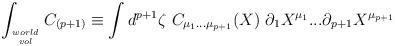
LaTeX: \begin{align*}\int_{world\atop vol} C_{(p+1)} \equiv\int d^{p+1}\zeta \ C_{\mu_1...\mu_{p+1}}(X)\ \partial_{1}X^{\mu_1}... \partial_{{p+1}}X^{\mu_{p+1}}\end{align*}